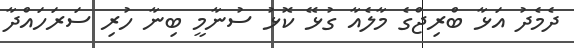
ދެމެދު އަޅާ ބްރިޖްގެ މާލެއާ ގުޅޭ ކޮޅު ސުނާމީ ބިނާ ހުރި ސަރަހައްދާ